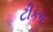
ટીકપ